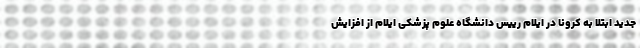
جدید ابتلا به کرونا در ایلام رییس دانشگاه علوم پزشکی ایلام از افزایش